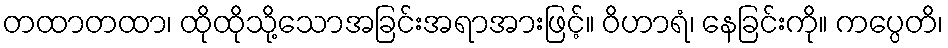
တထာတထာ၊ ထိုထိုသို့သောအခြင်းအရာအားဖြင့်။ ဝိဟာရံ၊ နေခြင်းကို။ ကပ္ပေတိ၊